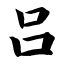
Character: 吕